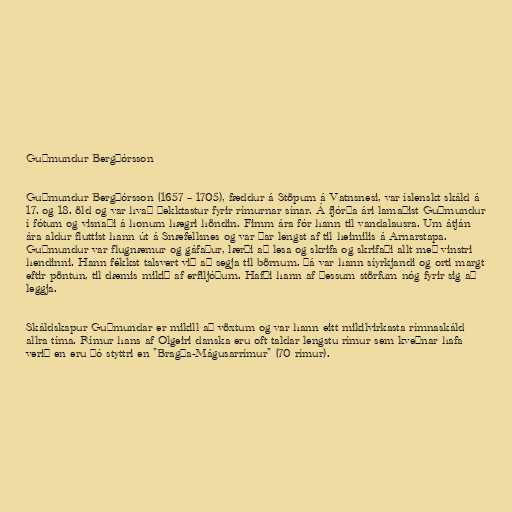
Guðmundur Bergþórsson

Guðmundur Bergþórsson (1657 – 1705), fæddur á Stöpum á Vatnsnesi, var íslenskt skáld á
17. og 18. öld og var hvað þekktastur fyrir rímurnar sínar. Á fjórða ári lamaðist Guðmundur
í fótum og visnaði á honum hægri höndin. Fimm ára fór hann til vandalausra. Um átján
ára aldur fluttist hann út á Snæfellsnes og var þar lengst af til heimilis á Arnarstapa.
Guðmundur var flugnæmur og gáfaður, lærði að lesa og skrifa og skrifaði allt með vinstri
hendinni. Hann fékkst talsvert við að segja til börnum. Þá var hann síyrkjandi og orti margt
eftir pöntun, til dæmis mikið af erfiljóðum. Hafði hann af þessum störfum nóg fyrir sig að
leggja.

Skáldskapur Guðmundar er mikill að vöxtum og var hann eitt mikilvirkasta rímnaskáld
allra tíma. Rímur hans af Olgeiri danska eru oft taldar lengstu rímur sem kveðnar hafa
verið en eru þó styttri en "Bragða-Mágusarrímur" (70 rímur).